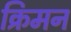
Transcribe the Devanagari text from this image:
क्रिमन